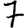
Digit: 7